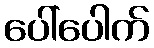
ပေါ်ပေါက်